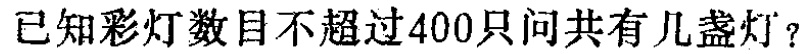
已知彩灯数目不超过400只问共有几盏灯？